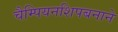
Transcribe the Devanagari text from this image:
चैम्पियनशिपबनाने